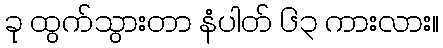
ခု ထွက်သွားတာ နံပါတ် ၆၃ ကားလား။